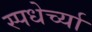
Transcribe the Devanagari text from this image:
स्पधेर्च्या